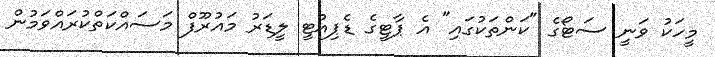
މީހަކު ވަނީ ސަޓޯގެ "ކަންތަކުގައި" އެ ޕާޓީގެ ޑެޕިއުޓީ ލީޑަރު މައުރޫފް މަސައްކަތްކުރައްވަމުން